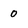
Character: 0